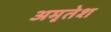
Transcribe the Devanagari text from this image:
अमृतेश